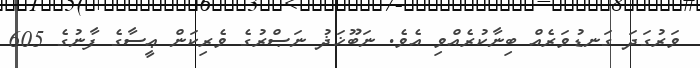
ވަރުގަދަ ގަނޑުވަރެއް ބިނާކުރެއްވި އެވެ. ނަބޫޚަޛު ނަޞްރުގެ ވެރިކަން ޢީސާގެ ފާނުގެ 605